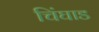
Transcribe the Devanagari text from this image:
चिंघाड